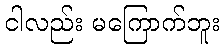
ငါလည်း မကြောက်ဘူး